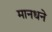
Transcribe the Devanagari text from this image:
मानधने